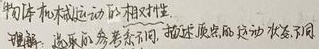
物体机械运动的相对性理解：选取的参考系不同，描述质点的运动状态不同